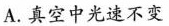
A.真空中光速不变